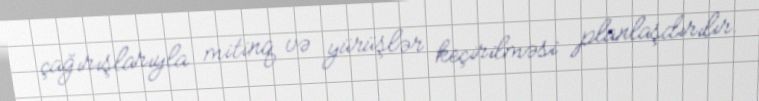
çağırışlarıyla mitinq və yürüşlər keçirilməsi planlaşdırılır.